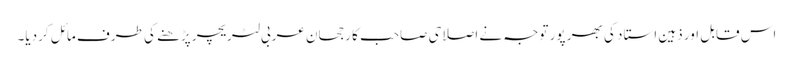
اس قابل اور ذہین استاد کی بھر پور توجہ نے اصلاحی صاحب کا رجحان عربی لٹریچر پڑھنے کی طرف مائل کردیا۔